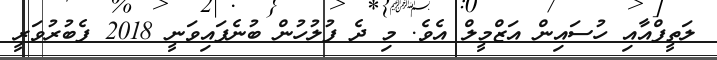
ލަތީފްއާއި ހުސައިން އަޒްމީލް އެވެ. މި ދެ ފުލުހުން ބުނެފައިވަނީ 2018 ފެބުރުވަރީ